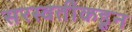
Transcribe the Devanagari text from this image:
सरस्वतींकडून